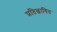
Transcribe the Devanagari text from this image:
प्रतिछायित